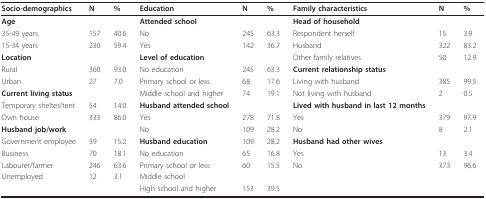
<table><thead><tr><td><b>Socio-demographics</b></td><td><b>N</b></td><td><b>%</b></td><td><b>Education</b></td><td><b>N</b></td><td><b>%</b></td><td><b>Family characteristics</b></td><td><b>N</b></td><td><b>%</b></td></tr></thead><tbody><tr><td><b>Age</b></td><td></td><td></td><td><b>Attended school</b></td><td></td><td></td><td><b>Head of household</b></td><td></td><td></td></tr><tr><td>35-49 years</td><td>157</td><td>40.6</td><td>No</td><td>245</td><td>63.3</td><td>Respondent herself</td><td>15</td><td>3.9</td></tr><tr><td>15-34 years</td><td>230</td><td>59.4</td><td>Yes</td><td>142</td><td>36.7</td><td>Husband</td><td>322</td><td>83.2</td></tr><tr><td><b>Location</b></td><td></td><td></td><td><b>Level of education</b></td><td></td><td></td><td>Other family relatives</td><td>50</td><td>12.9</td></tr><tr><td>Rural</td><td>360</td><td>93.0</td><td>No education</td><td>245</td><td>63.3</td><td><b>Current relationship status</b></td><td></td><td></td></tr><tr><td>Urban</td><td>27</td><td>7.0</td><td>Primary school or less</td><td>68</td><td>17.6</td><td>Living with husband</td><td>385</td><td>99.5</td></tr><tr><td><b>Current living status</b></td><td></td><td></td><td>Middle school and higher</td><td>74</td><td>19.1</td><td>Not living with husband</td><td>2</td><td>0.5</td></tr><tr><td>Temporary shelter/tent</td><td>54</td><td>14.0</td><td><b>Husband attended school</b></td><td></td><td></td><td><b>Lived with husband in last 12 months</b></td><td></td><td></td></tr><tr><td>Own house</td><td>333</td><td>86.0</td><td>Yes</td><td>278</td><td>71.8</td><td>Yes</td><td>379</td><td>97.9</td></tr><tr><td><b>Husband job/work</b></td><td></td><td></td><td>No</td><td>109</td><td>28.2</td><td>No</td><td>8</td><td>2.1</td></tr><tr><td>Government employee</td><td>59</td><td>15.2</td><td><b>Husband education</b></td><td>109</td><td>28.2</td><td><b>Husband had other wives</b></td><td></td><td></td></tr><tr><td>Business</td><td>70</td><td>18.1</td><td>No education</td><td>65</td><td>16.8</td><td>Yes</td><td>13</td><td>3.4</td></tr><tr><td>Labourer/farmer</td><td>246</td><td>63.6</td><td>Primary school or less</td><td>60</td><td>15.5</td><td>No</td><td>373</td><td>96.6</td></tr><tr><td>Unemployed</td><td>12</td><td>3.1</td><td>Middle school</td><td></td><td></td><td></td><td></td><td></td></tr><tr><td></td><td></td><td></td><td>High school and higher</td><td>153</td><td>39.5</td><td></td><td></td><td></td></tr></tbody></table>